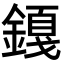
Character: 𬫿